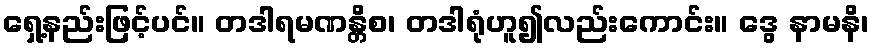
ရှေ့နည်းဖြင့်ပင်။ တဒါရမဏန္တိစ၊ တဒါရုံဟူ၍လည်းကောင်း။ ဒွေ နာမနိ၊